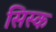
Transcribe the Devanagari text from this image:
सिस्क